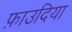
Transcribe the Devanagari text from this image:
फ़ाउदिया